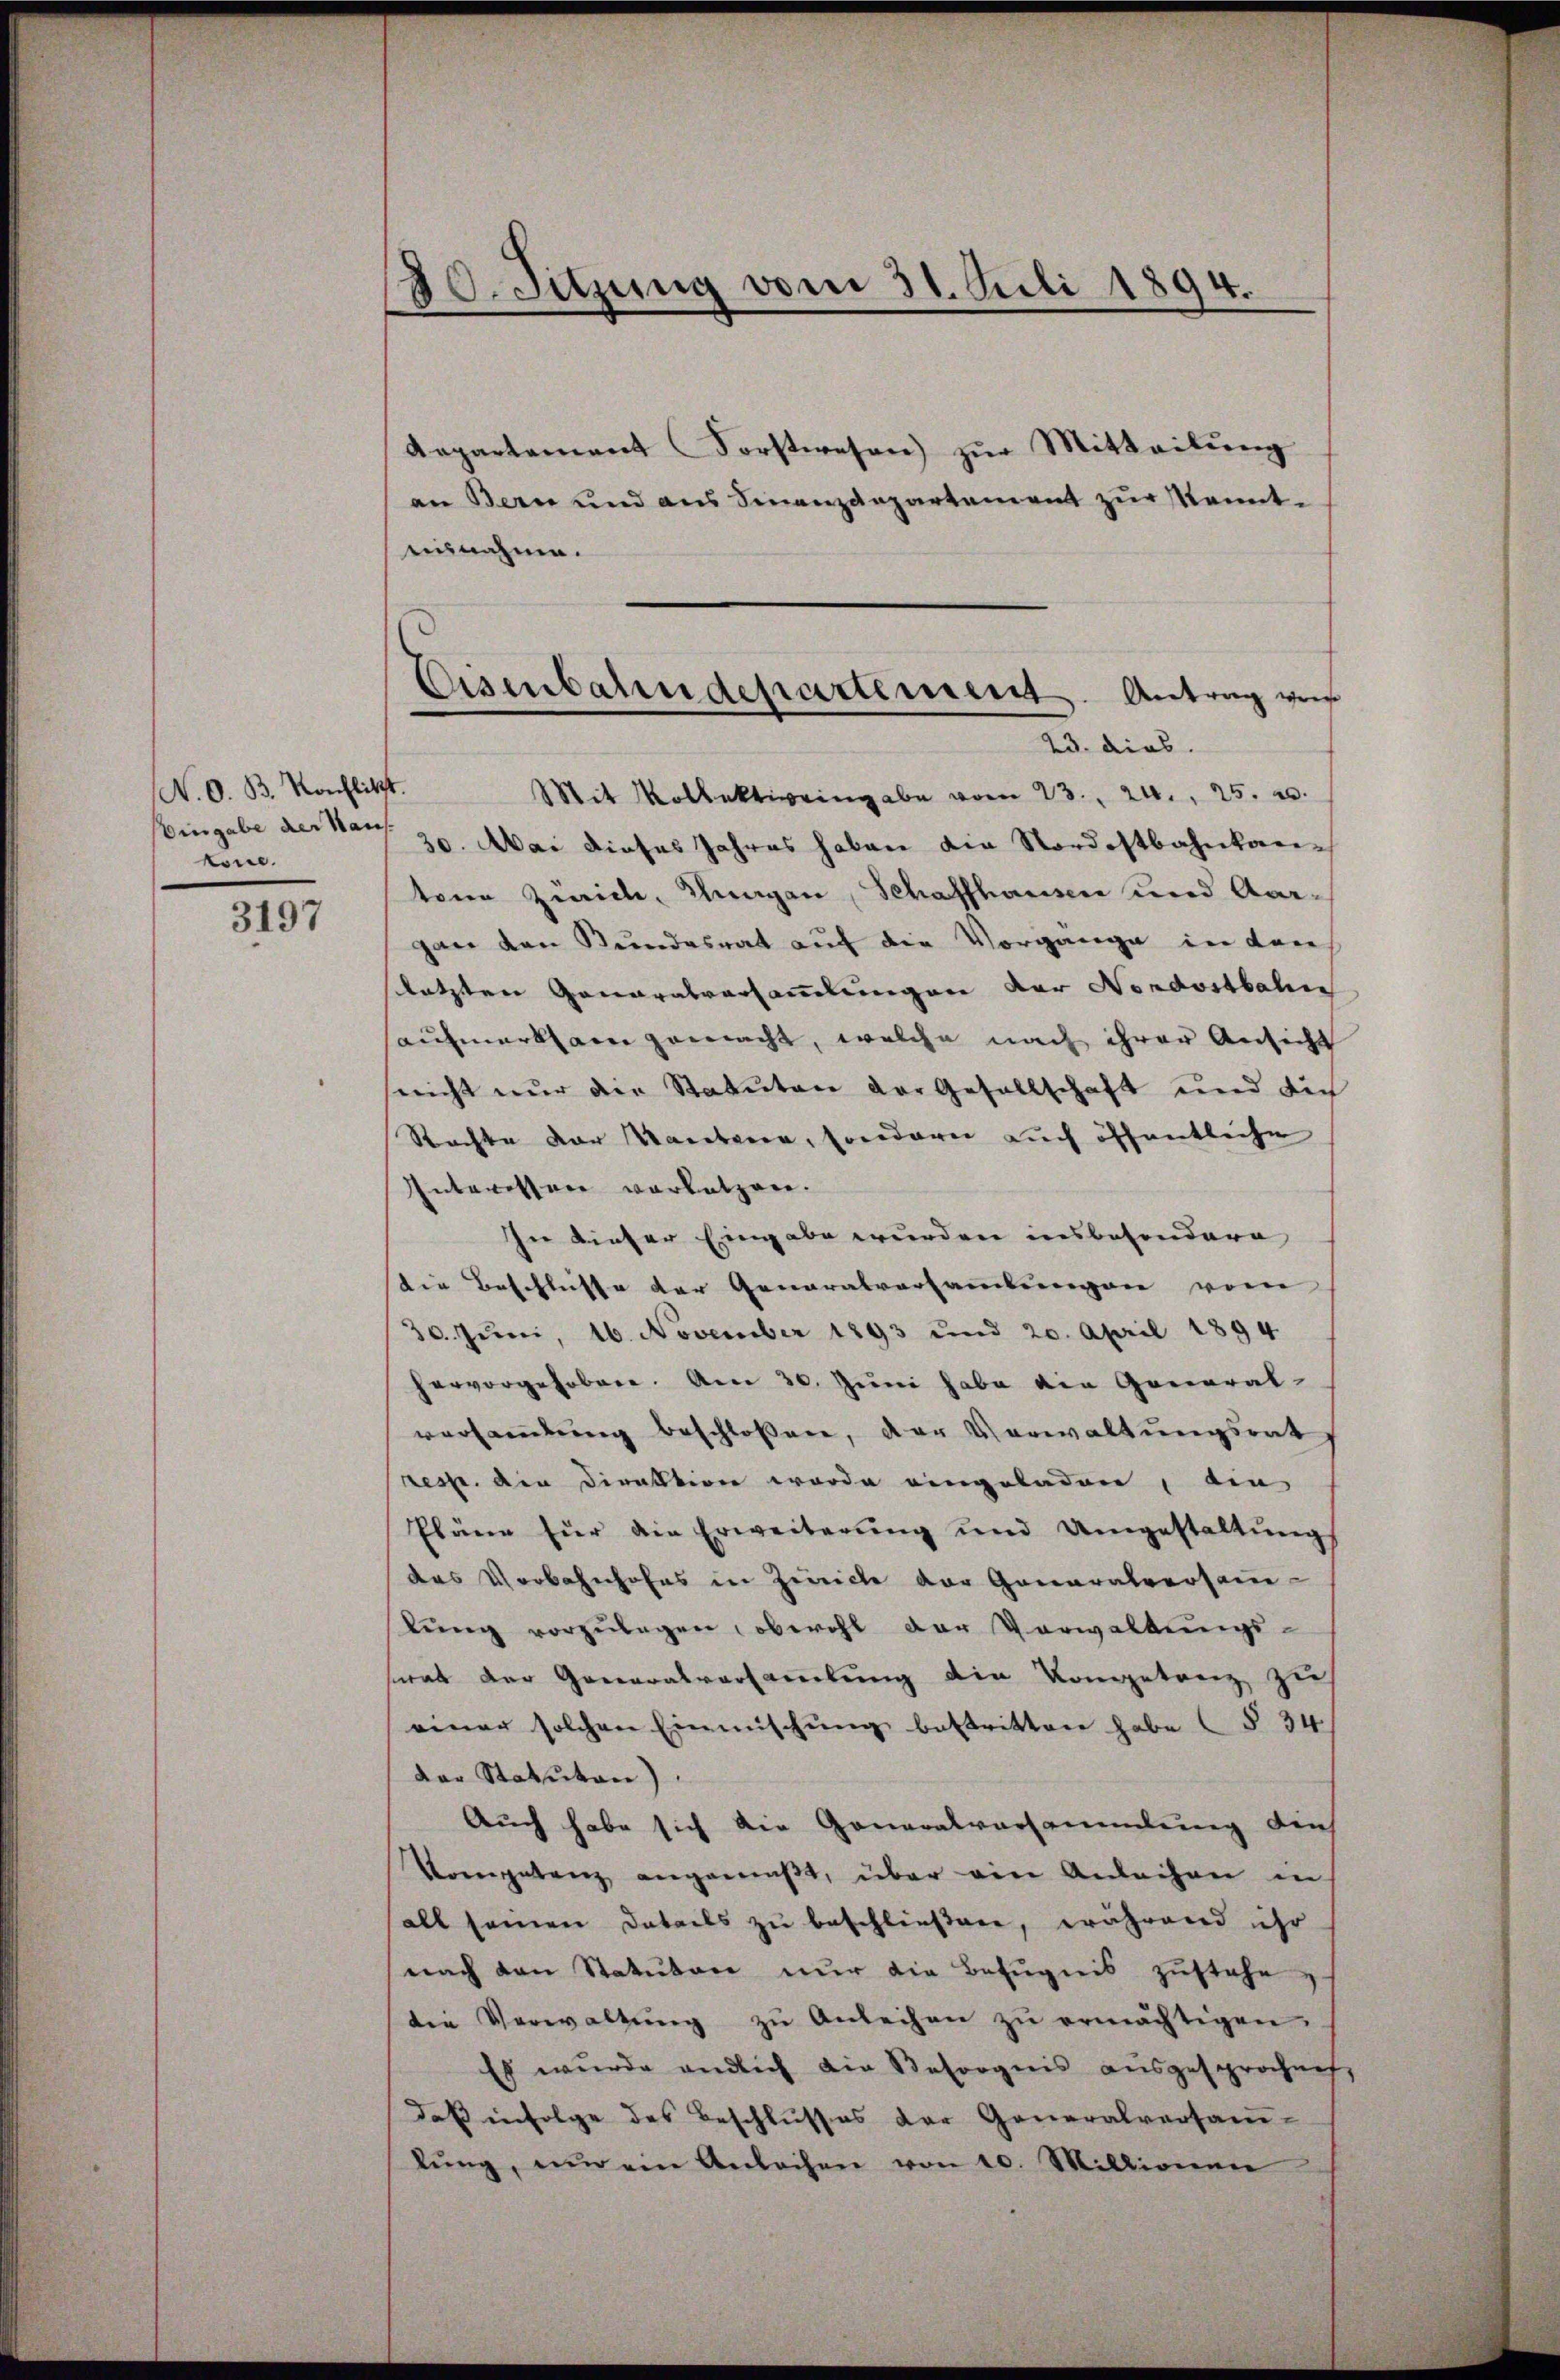
N. O. B. Konflitzt.
Eingabe der Man
köne.

3197

Besitzung vom 31. Juli 1894.

Repartement Forstwesen zŭr Mitteilŭng
an Bern und aus Finanzdepartement zur Kennteinnahme.
Mit Kollektivingabe vom 23. 24. 25. 20.
30. Mai dieses Jahres haben die Nordostbahnkar-
ton Zürich, Unngen, Schaffhausen und Aargan den Bundesrat auf die Vorgange in den
letzten Generalversammlungen der Nordostbahn
aufmerksam gemacht, welche nach ihrer Ansicht
seicht nur der Statuten der Gesellschaft und die
Rachte der Kantone, sondern auch öffentliche
Interessere vorletzen.
In dieser Eingabe wurden insbesondere
die Beschlüsse der Generalversammlungen vom
30. Juni, 16. November 1893 und 20. April 1894
hervorgehoben. Am 30. Jŭni habe die General-
versamlung beschlossen, der Verwaltungsrat
resse. Die Direktion wurde eingeladen, den
Pläne für die Erweiterŭng und Umgestaltŭng
das Verbahnhofes in Zwicke der Generalversamlŭng vorzŭlegen, obwohl der Vorwaltŭngs-
swas der Generalversaṁlŭng die Vorgetrag zu
einer solchen Einmischung bestritten habe (§ 34.
der Statuten)
Auch habe sich die Generalvorsammlung dies
Vongetanz angemäβt, über ein Anleihen in
all seinen Datails zu beschließene, während ihr
nach von Statutare nur die Befugnis zustehe
die Verwaltŭng zŭ Anleihen zŭ ermächtigen.
Es wurde endlich die Besorgnis ausgesprochen,
daß infolge des Beschlusses der Generalversam-
lŭng, um ein Anleihen von 10. Millionen

Eisenbahndepartement. Antrag von
23. dies